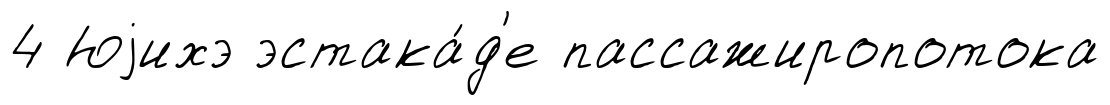
4 Юjихэ эстака́д'е пассажиропотока